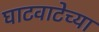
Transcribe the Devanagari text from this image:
घाटवाटेच्या